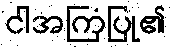
ငါအကြံပြု၏